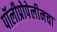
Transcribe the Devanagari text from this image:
पॉलीप्रोपेलीनचा